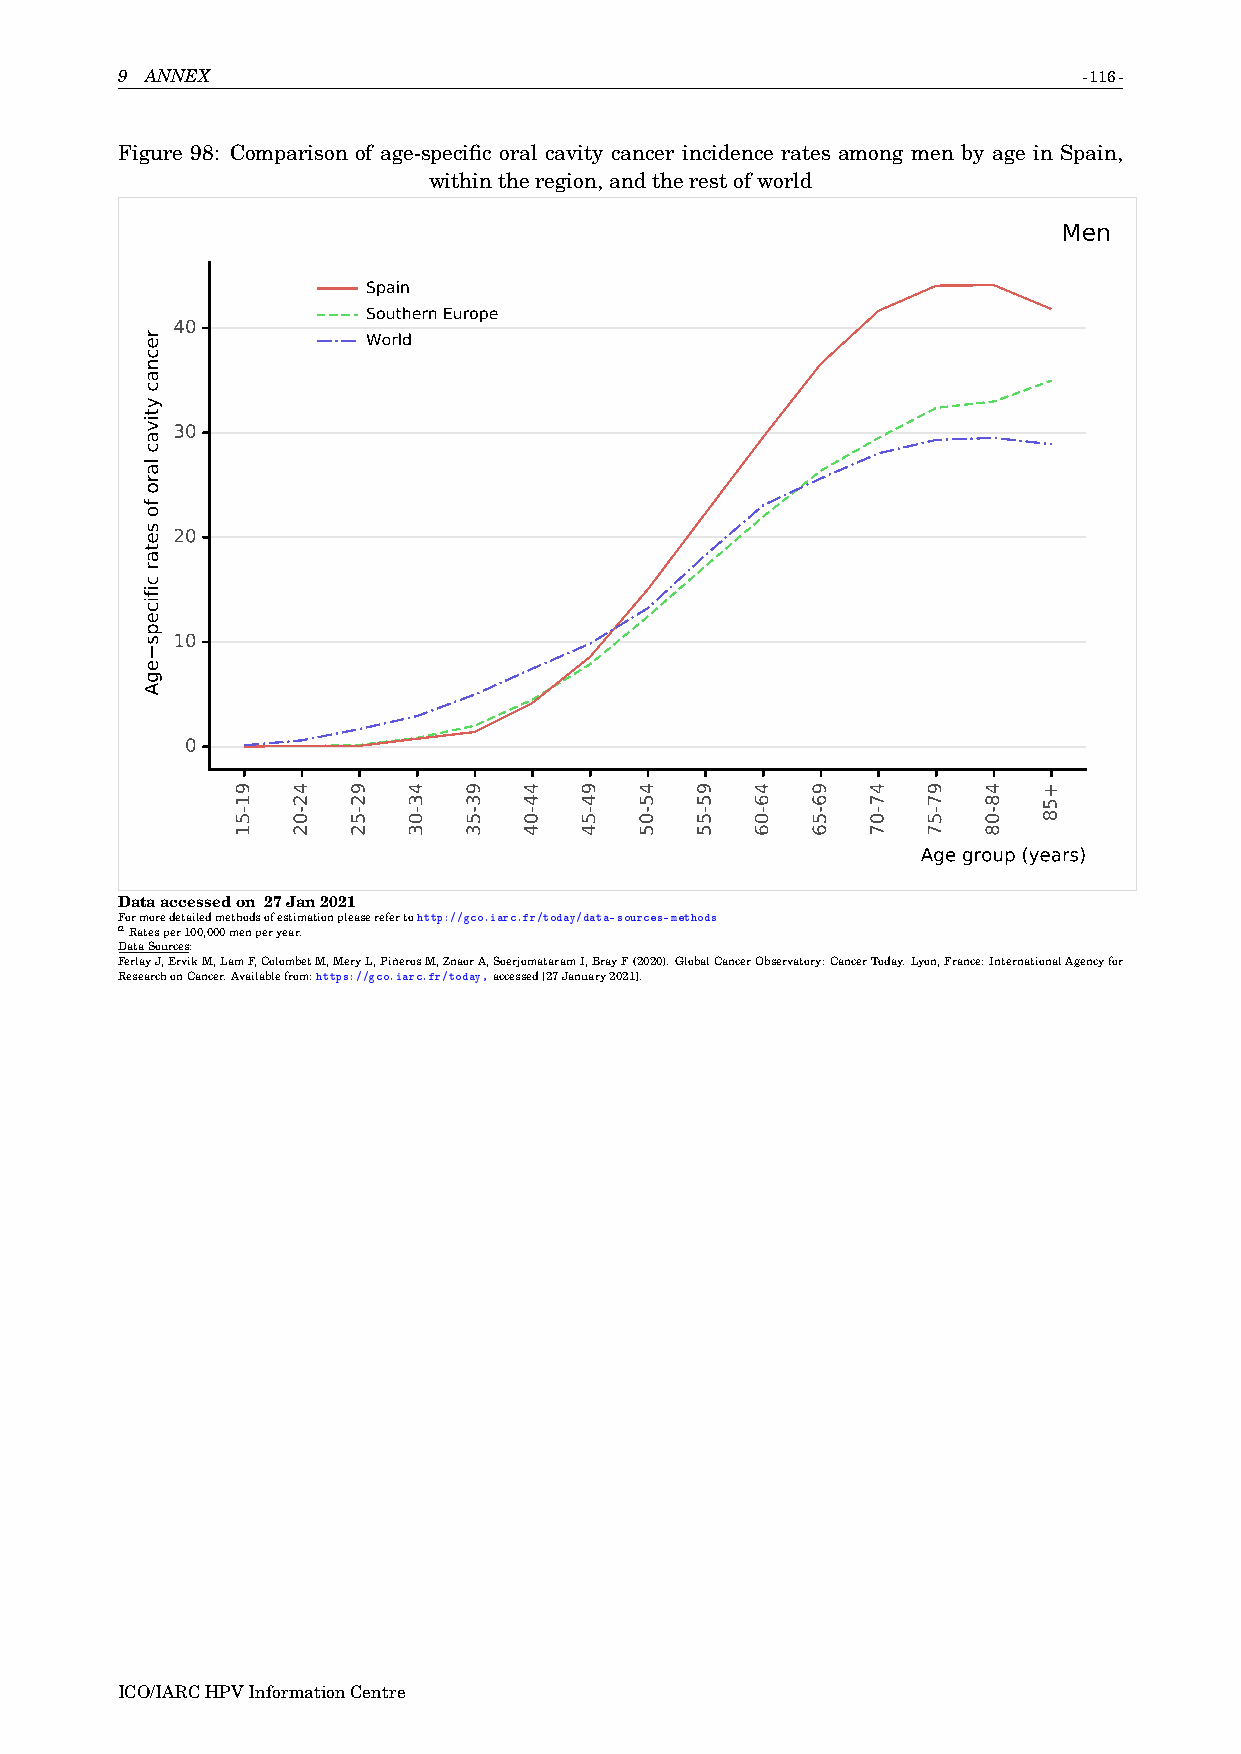
9 ANNEX                                                         -116-
 Figure 98: Comparison of age-specific oral cavity cancer incidence rates among men by age in Spain,
 withintheregion,andtherestofworld
 Men
 Spain
 Southern Europe
 40
 World
 30
 20
 10
 0
 Age group (years)
 Dataaccessedon 27Jan2021
 Formoredetailedmethodsofestimationpleaserefertohttp://gco.iarc.fr/today/data-sources-methods
 aRatesper100,000menperyear.
 DataSources:
 FerlayJ,ErvikM,LamF,ColombetM,MeryL,PiñerosM,ZnaorA,SoerjomataramI,BrayF(2020).GlobalCancerObservatory:CancerToday.Lyon,France:InternationalAgencyfor
 ResearchonCancer.Availablefrom:https://gco.iarc.fr/today,accessed[27January2021].
 ICO/IARCHPVInformationCentre
 recnac
 ytivac
 laro
 fo
 setar
 cificeps
 egA
 91-51 42-02 92-52 43-03 93-53 44-04 94-54 45-05 95-55 46-06 96-56 47-07 97-57 48-08 +58